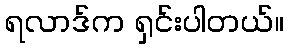
ရလာဒ်က ရှင်းပါတယ်။